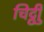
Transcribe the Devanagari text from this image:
चिट्ठीु